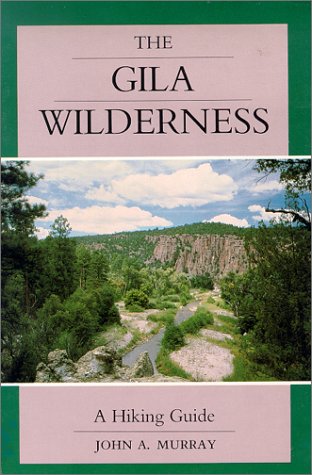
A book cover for The Gila Wilderness: A Hiking Guide; John A. Murray; Travel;